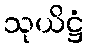
သုယိဋ္ဌံ